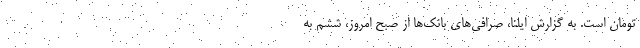
تومان است. به گزارش ایلنا، صرافی‌های بانک‌ها از صبح امروز، ششم به